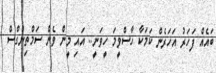
ބައެއް ފަހަރު އަހަރެން ކަމަކާ ހާސްވީމަ ހީވަނީ.. އައި މީން ވެން ސަމްތިންގްސް